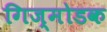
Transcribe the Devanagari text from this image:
गिज्मोडक